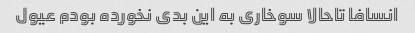
انسافا تاحالا سوخاری به این بدی نخورده بودم عیول